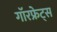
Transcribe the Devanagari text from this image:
गॉरफ्रेट्स